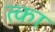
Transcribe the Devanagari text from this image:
त्का